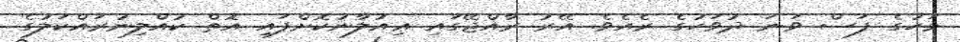
މަހުގެ ފަސް ވަނަ ދުވަހުގެ ރެއެވެ. އޭރު ރާއްޖޭގައި ޢިއުލާނުކޮށްފައި އޮތް ކުއްލިނުރައްކަލުގެ